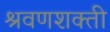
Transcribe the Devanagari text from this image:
श्रवणशक्ती